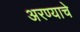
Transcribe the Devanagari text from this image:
अरण्याचे